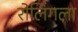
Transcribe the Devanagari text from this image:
रोलिंगला